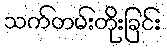
သက်တမ်းတိုးခြင်း